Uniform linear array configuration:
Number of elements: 8
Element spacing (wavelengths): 0.75
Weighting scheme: blackman
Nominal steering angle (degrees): -60
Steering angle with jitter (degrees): -58.04
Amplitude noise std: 0.05
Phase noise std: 0.05

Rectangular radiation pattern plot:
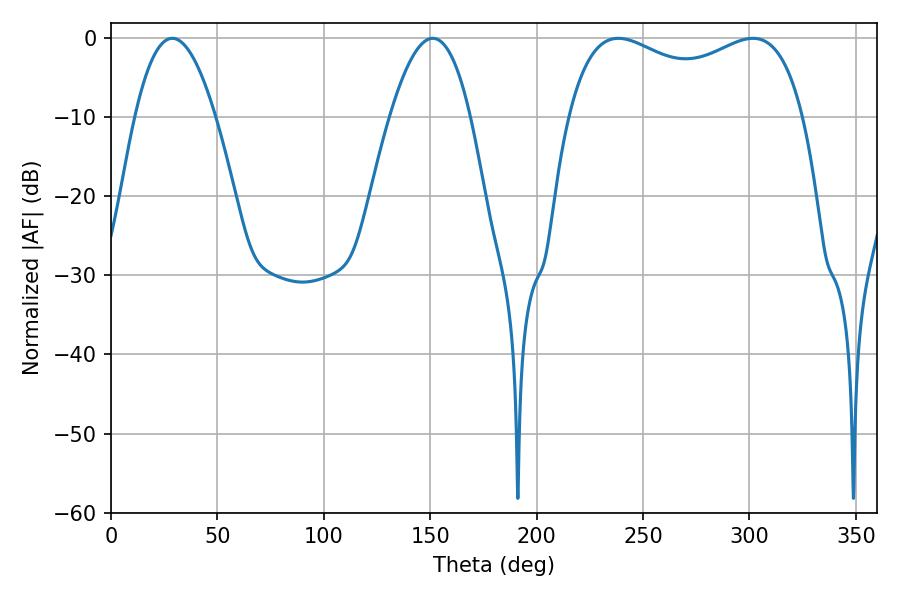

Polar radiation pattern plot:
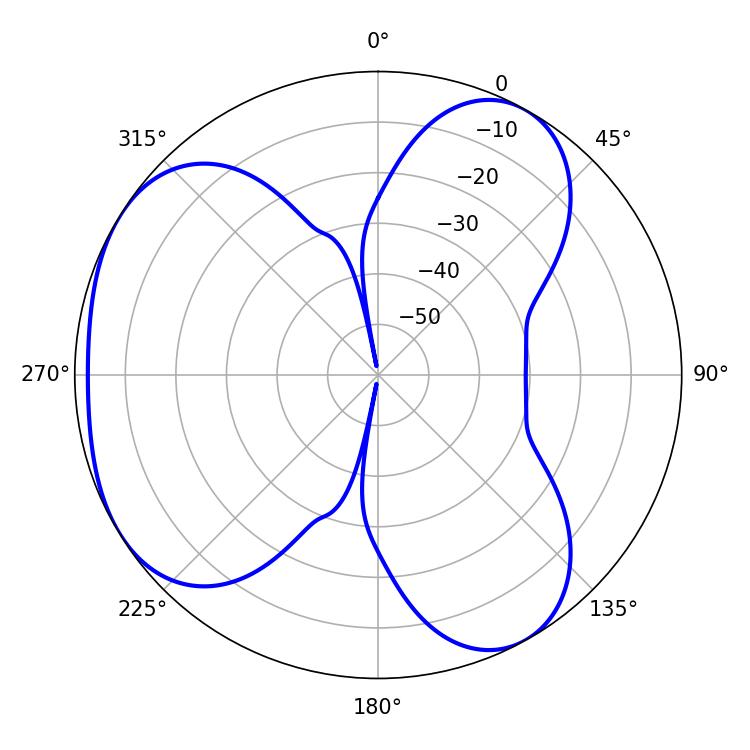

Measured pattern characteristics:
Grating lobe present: TRUE
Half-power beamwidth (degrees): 20.7
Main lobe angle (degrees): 151.2